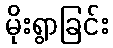
မိုးရွာခြင်း